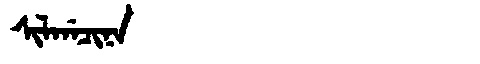
Manchu: ᠰᡳᠯᡤᠠᠴᡳᠨᠠ
Romanization: SILGACINA